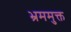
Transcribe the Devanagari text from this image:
भ्रममुक्त